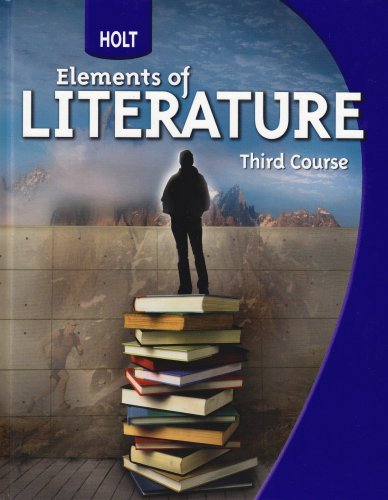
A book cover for Holt Elements of Literature: Student Edition Grade 9 Third Course 2009; RINEHART AND WINSTON HOLT; Teen & Young Adult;